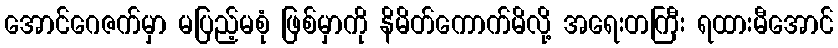
အောင်ဂေဇက်မှာ မပြည့်မစုံ ဖြစ်မှာကို နိမိတ်ကောက်မိလို့ အရေးတကြီး ရထားမီအောင်